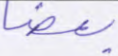
بعضا